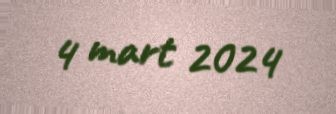
4 mart 2024